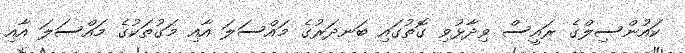
ކައުންސިލްގެ ރައީސް ވިދާޅުވި ގޮތުގައި ބަނދަރުގެ މައްސަލަ އާއި މަގުތަކުގެ މައްސަލަ އާއި